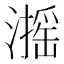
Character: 𱩋